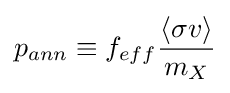
p_{ann}\equiv f_{eff}{\frac {\left\langle \sigma v\right\rangle }{m_{X}}}